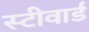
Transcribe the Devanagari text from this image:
स्टीवार्ड